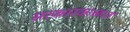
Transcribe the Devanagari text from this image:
सरकारकाळात